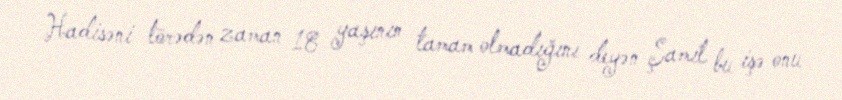
Hadisəni törədən zaman 18 yaşının tamam olmadığını deyən Şamil bu işə onu